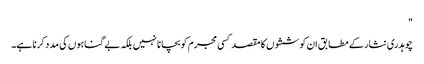
"
چوہدری نثار کے مطابق ان کوششوں کا مقصد کسی مجرم کو بچانا نہیں بلکہ بے گناہوں کی مدد کرنا ہے۔